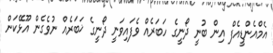
އެމްއެންޑީއެފް އިން ބުނީ ދޯނީގެ ހަބަރެއް ވެފައިވަނީ ދޯނީގެ ޚަބަރެއް ނުވެގެން އޫޅޭކަން